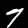
Digit: 7